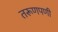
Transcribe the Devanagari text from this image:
तरूणपणी